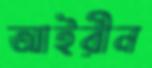
আইরীন